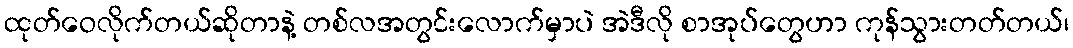
ထုတ်ဝေလိုက်တယ်ဆိုတာနဲ့ တစ်လအတွင်းလောက်မှာပဲ အဲဒီလို စာအုပ်တွေဟာ ကုန်သွားတတ်တယ်၊